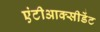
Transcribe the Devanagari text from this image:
एंटीआक्सीडेंट